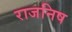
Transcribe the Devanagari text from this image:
राजनिष